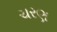
ચરણ